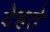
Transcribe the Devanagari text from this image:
देहते